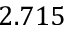
2 . 7 1 5